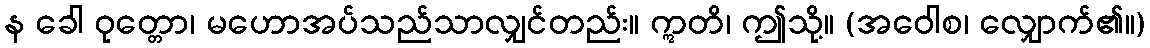
န ခေါ ဝုတ္တော၊ မဟောအပ်သည်သာလျှင်တည်း။ ဣတိ၊ ဤသို့။ (အဝေါစ၊ လျှောက်၏။)